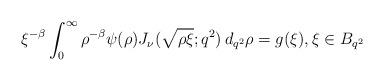
LaTeX: \begin{align*} \xi^{-\beta} \int_0^\infty \rho^{-\beta} \psi (\rho) J_\nu (\sqrt{\rho \xi}; q^2) \,d_{q^2}\rho= g(\xi), \xi\in B_{q^2}\end{align*}